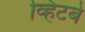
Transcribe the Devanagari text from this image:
व्हिटबे